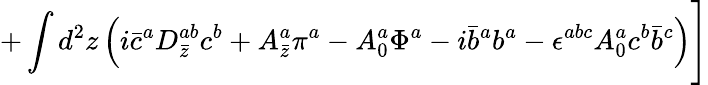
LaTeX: +\int d^{2}z\left(i\bar{c}^{a}D_{\bar{z}}^{ab}c^{b}+A_{\bar{z}}^{a}\pi^{a}-A_{0}^{a}\Phi^{a}-i\bar{b}^{a}b^{a}-\epsilon^{abc}A_{0}^{a}c^{b}\bar{b}^{c}\right)\Biggr]